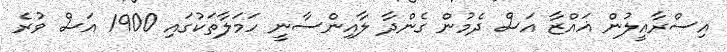
އިސްރާއީލުން ޣައްޒާ އަސް ދެމުން ގެންދާ ލާއިންސާނީ ހަމަލާތަކުގައި 1900 އަސް ވުރެ